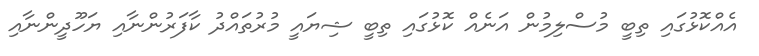
އެއްކޮޅުގައި ތިބީ މުސްލިމުން އަނެއް ކޮޅުގައި ތިބީ ޝިޔައީ މުރުތައްދު ކާފަރުންނާއި ޔަހޫދީންނާއި